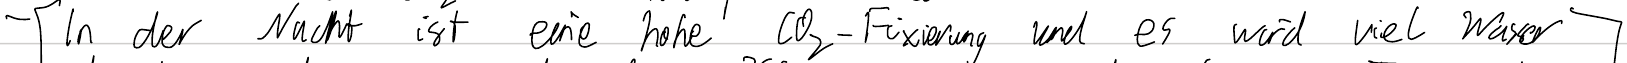
- In der Nacht ist eine hohe CO2-Fixierung und es wird viel Wasser